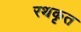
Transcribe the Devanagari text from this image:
रथकृत